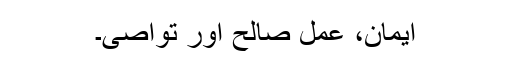
ایمان، عملِ صالح اور تواصی۔